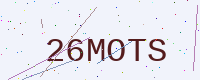
Text: 26MOTS